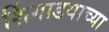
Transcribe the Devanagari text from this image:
शिंगाडयाच्या